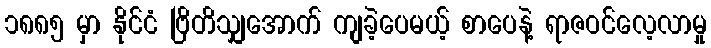
၁၈၈၅ မှာ နိုင်ငံ ဗြိတိသျှအောက် ကျခဲ့ပေမယ့် စာပေနဲ့ ရာဇဝင်လေ့လာမှု